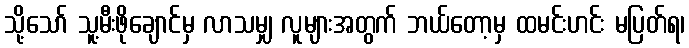
သို့သော် သူ့မီးဖိုချောင်မှ လာသမျှ လူများအတွက် ဘယ်တော့မှ ထမင်းဟင်း မပြတ်ရ၊